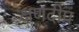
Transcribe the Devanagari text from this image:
क्षणदीप